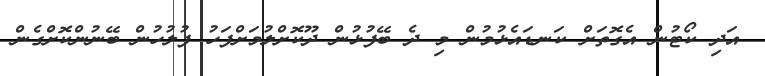
އަދި ކޯޓުން އެގޮތަށް ކަނޑައެޅުމުން މި ދެ ބޭފުޅުން ދޫކޮށްލުމަށްފަހު ފުލުހުން ބޭނުންކޮށްގެން